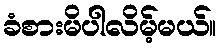
ခံစားမိပါလိမ့်မယ်။